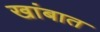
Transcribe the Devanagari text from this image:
खांबात